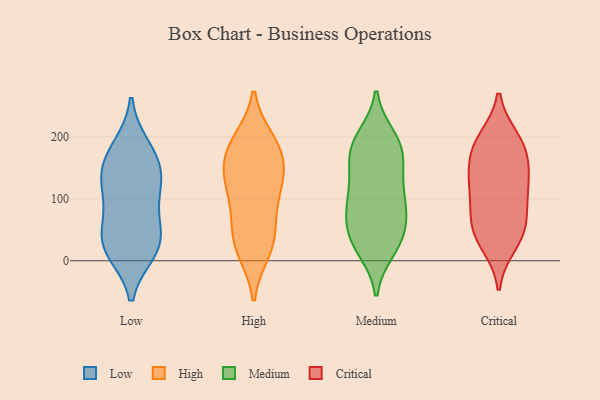
{"axis": {"x": "Demand Index", "y": "Value"}, "legend": ["Critical", "High", "Low", "Medium"], "data": [{"x": "", "y": 29, "type": "Low"}, {"x": "", "y": 173, "type": "Low"}, {"x": "", "y": 140, "type": "Low"}, {"x": "", "y": 90, "type": "Low"}, {"x": "", "y": 50, "type": "Low"}, {"x": "", "y": 17, "type": "Low"}, {"x": "", "y": 183, "type": "Low"}, {"x": "", "y": 34, "type": "Low"}, {"x": "", "y": 145, "type": "Low"}, {"x": "", "y": 104, "type": "Low"}, {"x": "", "y": 136, "type": "Low"}, {"x": "", "y": 16, "type": "Low"}, {"x": "", "y": 179, "type": "High"}, {"x": "", "y": 73, "type": "High"}, {"x": "", "y": 140, "type": "High"}, {"x": "", "y": 187, "type": "High"}, {"x": "", "y": 105, "type": "High"}, {"x": "", "y": 193, "type": "High"}, {"x": "", "y": 124, "type": "High"}, {"x": "", "y": 72, "type": "High"}, {"x": "", "y": 37, "type": "High"}, {"x": "", "y": 128, "type": "High"}, {"x": "", "y": 36, "type": "High"}, {"x": "", "y": 14, "type": "High"}, {"x": "", "y": 154, "type": "High"}, {"x": "", "y": 195, "type": "High"}, {"x": "", "y": 147, "type": "High"}, {"x": "", "y": 14, "type": "High"}, {"x": "", "y": 104, "type": "Medium"}, {"x": "", "y": 146, "type": "Medium"}, {"x": "", "y": 106, "type": "Medium"}, {"x": "", "y": 49, "type": "Medium"}, {"x": "", "y": 198, "type": "Medium"}, {"x": "", "y": 92, "type": "Medium"}, {"x": "", "y": 184, "type": "Medium"}, {"x": "", "y": 76, "type": "Medium"}, {"x": "", "y": 29, "type": "Medium"}, {"x": "", "y": 44, "type": "Medium"}, {"x": "", "y": 184, "type": "Medium"}, {"x": "", "y": 139, "type": "Medium"}, {"x": "", "y": 19, "type": "Medium"}, {"x": "", "y": 173, "type": "Medium"}, {"x": "", "y": 187, "type": "Medium"}, {"x": "", "y": 80, "type": "Medium"}, {"x": "", "y": 28, "type": "Medium"}, {"x": "", "y": 58, "type": "Critical"}, {"x": "", "y": 123, "type": "Critical"}, {"x": "", "y": 27, "type": "Critical"}, {"x": "", "y": 62, "type": "Critical"}, {"x": "", "y": 105, "type": "Critical"}, {"x": "", "y": 57, "type": "Critical"}, {"x": "", "y": 37, "type": "Critical"}, {"x": "", "y": 132, "type": "Critical"}, {"x": "", "y": 192, "type": "Critical"}, {"x": "", "y": 182, "type": "Critical"}, {"x": "", "y": 175, "type": "Critical"}, {"x": "", "y": 112, "type": "Critical"}, {"x": "", "y": 151, "type": "Critical"}, {"x": "", "y": 196, "type": "Critical"}]}